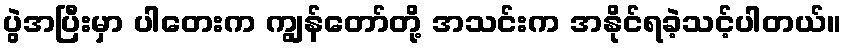
ပွဲအပြီးမှာ ပါတေးက ကျွန်တော်တို့ အသင်းက အနိုင်ရခဲ့သင့်ပါတယ်။